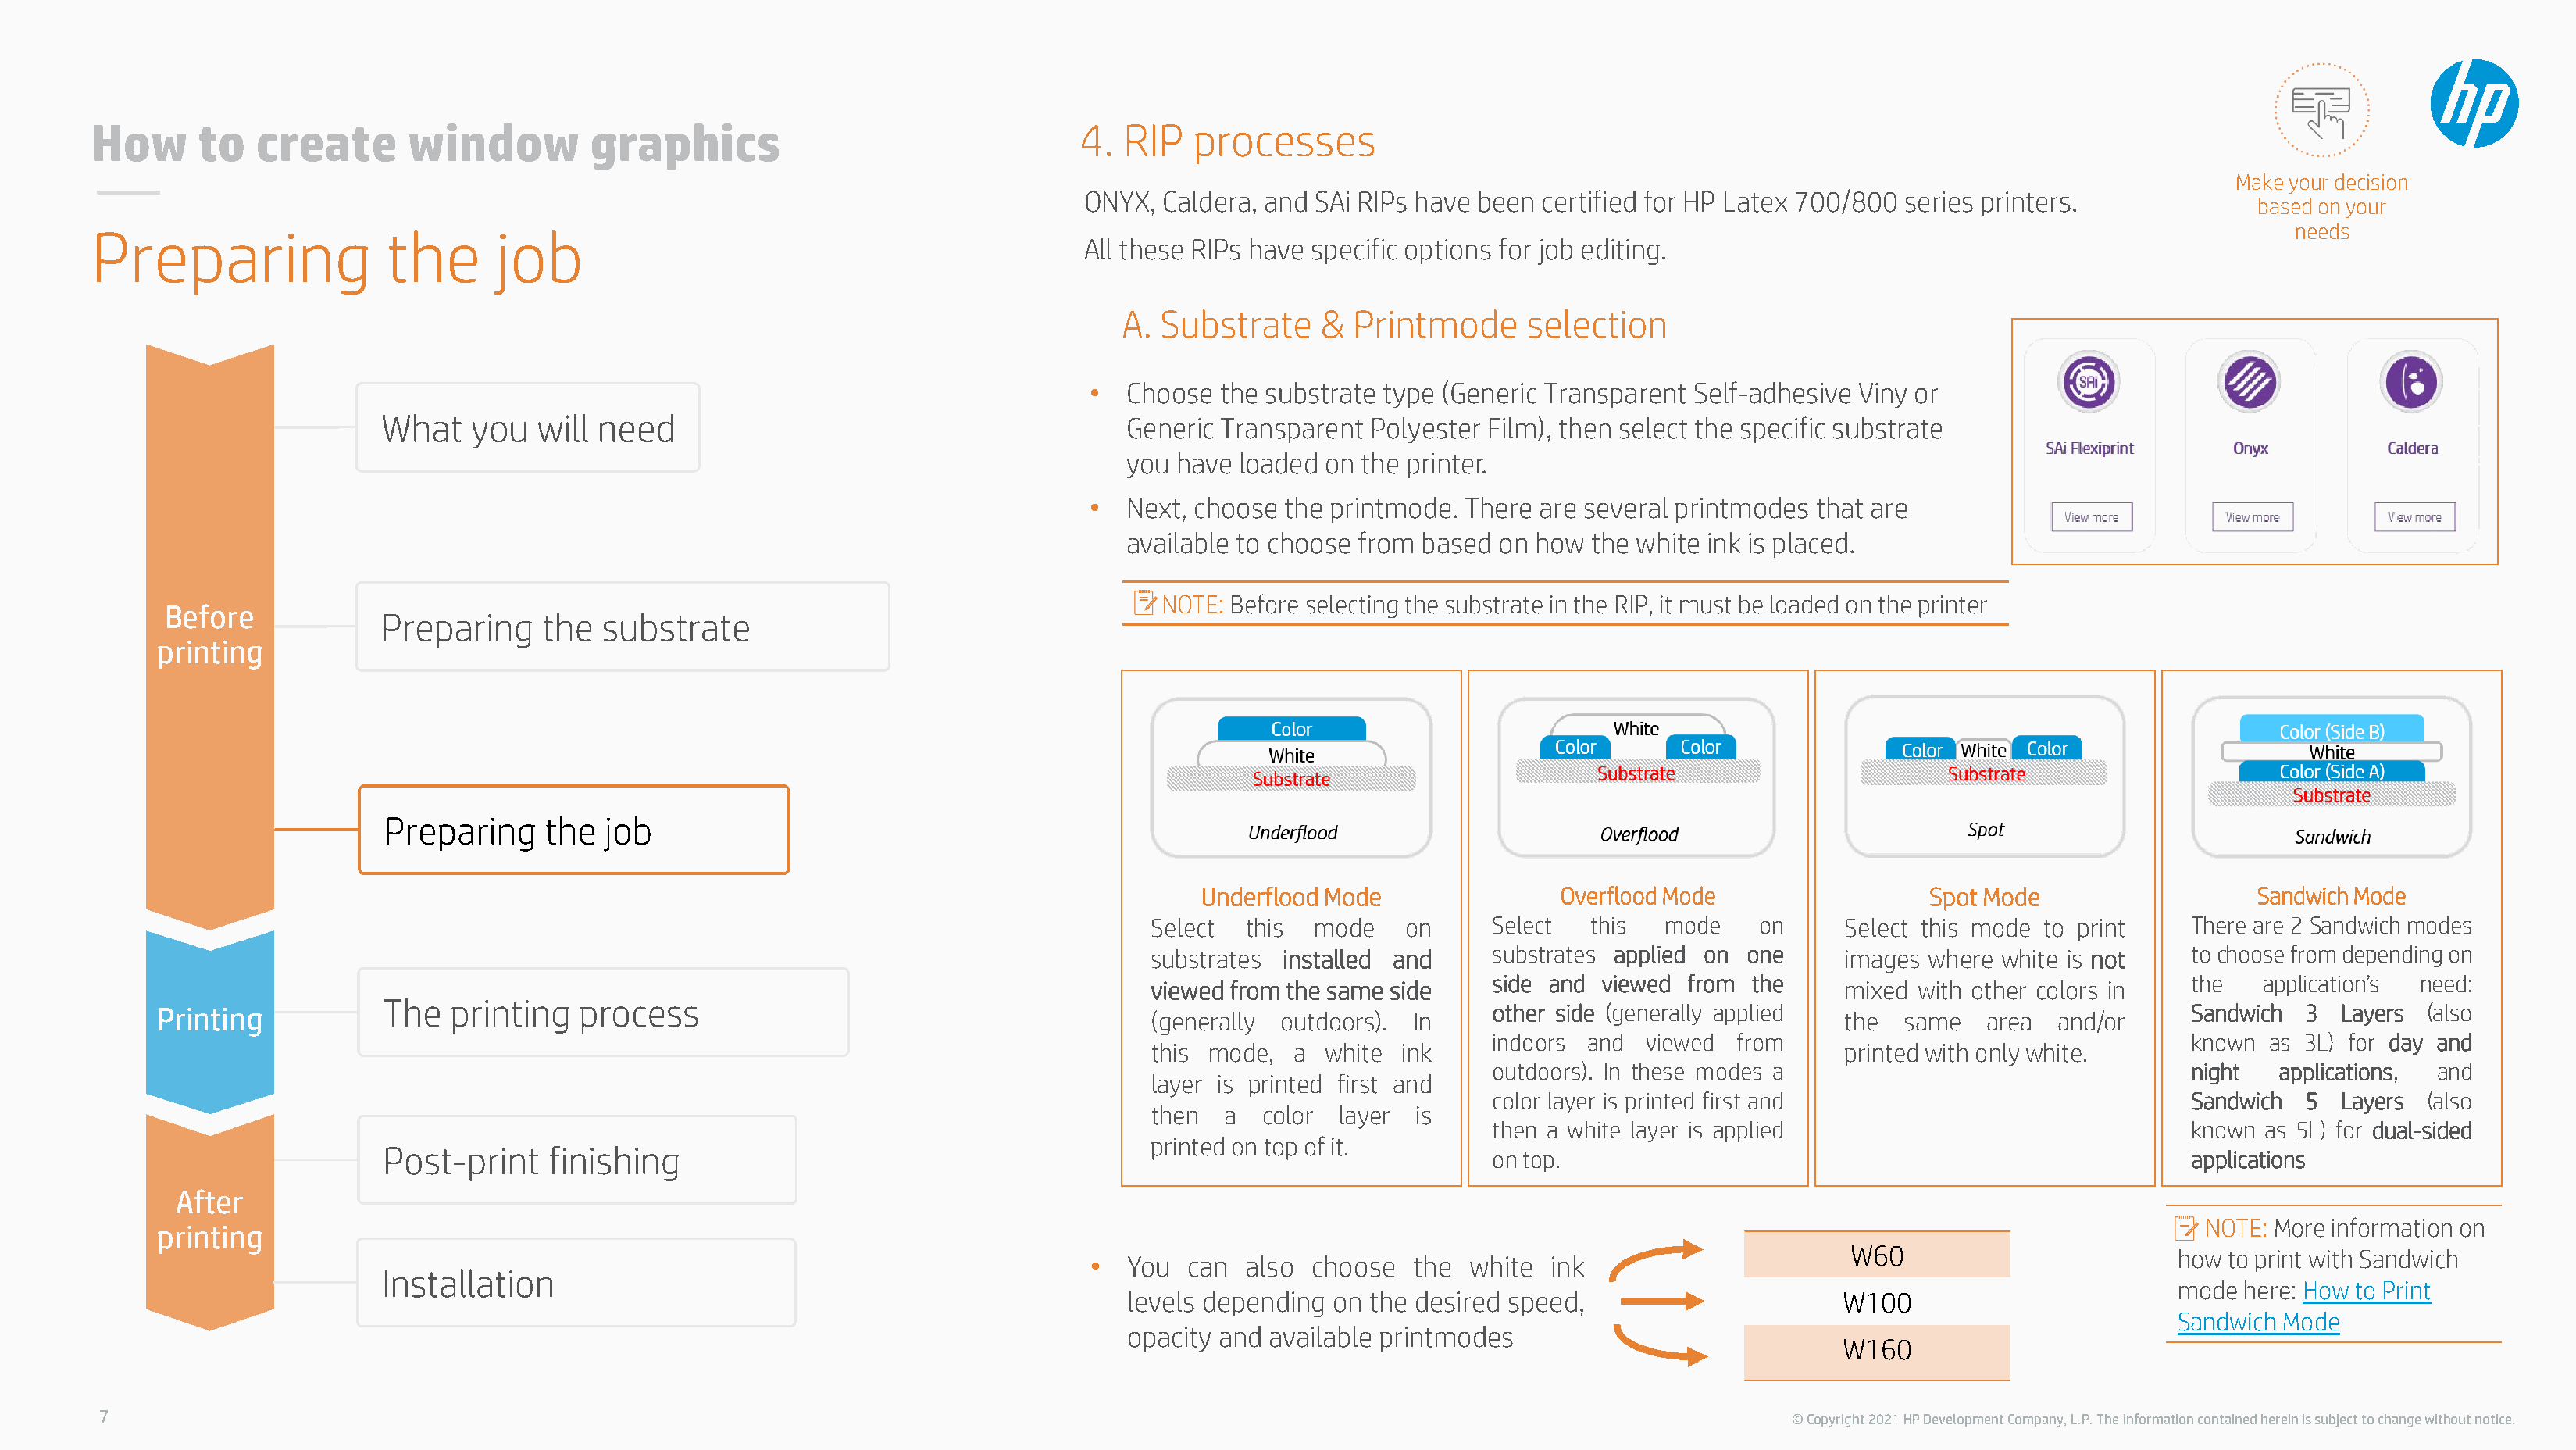
How      to   create       window         graphics                                 4.  RIP   processes
 Make your decision
 ONYX,  Caldera, and SAi RIPs have been certified for HP Latex 700/800 series printers.
 based on your
 Preparing                the      job                                                                                                                                                     needs
 All these RIPs have specific options for job editing.
 A. Substrate     &  Printmode     selection
 •  Choose  the substrate type (Generic Transparent  Self-adhesive Viny or
 What    you   will need                                        Generic Transparent  Polyester Film), then select the specific substrate
 you  have loaded on the printer.
 •  Next, choose  the printmode. There are several printmodes  that are
 available to choose from based  on how  the white ink is placed.
 NOTE: Before selecting the substrate in the RIP, it must be loaded on the printer
 Before            Preparing     the  substrate
 printing
 Preparing    the  job
 Underflood Mode               Overflood Mode                  Spot Mode                  Sandwich Mode
 Select  this mode    on     Select   this  mode    on     Select this mode to print     There are 2 Sandwich modes
 substrates installed and    substrates applied on one     images where  white is not    to choose from depending on
 side and  viewed from the                                   the   application’s need:
 viewed from the same side                                 mixed  with other colors in
 The   printing   process
 other side (generally applied                               Sandwich 3  Layers  (also
 Printing                                                                             (generally outdoors). In                                  the  same   area  and/or
 indoors  and viewed  from                                   known as 3L) for day and
 this mode,  a white  ink                                  printed with only white.
 outdoors). In these modes a                                 night  applications, and
 layer is printed first and
 color layer is printed first and                            Sandwich 5  Layers  (also
 then  a  color layer  is
 then a white layer is applied                               known as 5L) for dual-sided
 printed on top of it.
 Post-print    finishing
 on top.                                                     applications
 After
 NOTE: More information on
 printing
 W60
 how to print with Sandwich
 •   You  can  also choose   the white  ink
 Installation
 mode here: How to Print
 levels depending on the desired speed,                      W100
 Sandwich Mode
 opacity and available printmodes
 W160
 7                                                                                                                                               © Copyright 2021 HP Development Company, L.P. The information contained herein is subject to change without notice.